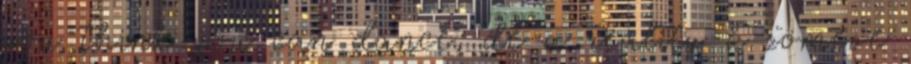
you think you can dance, de a reality-k zöméve